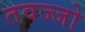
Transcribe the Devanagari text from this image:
तवज्‍जो